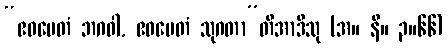
“ဧဝမေတံ ဘဂဝါ, ဧဝမေတံ သုဂတာ”တိအာဒီသု (အ။ နိ။ ၃။၆၆)